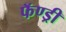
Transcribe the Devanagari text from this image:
फॅण्ड्री